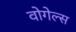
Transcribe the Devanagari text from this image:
वोगेल्स